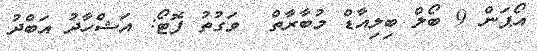
އޯޕަން 9 ބޯލް ބިލިއާޑް މުބާރާތް  ވަގުތު ފޮޓޯ: އަޝްހާދު އަބްދު